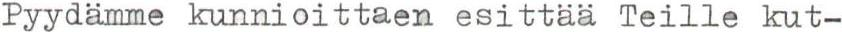
Pyydämme kunnioittaen esittää Teille kut-